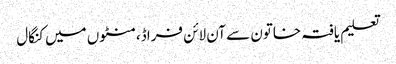
تعلیم یافتہ خاتون سے آن لائن فراڈ، منٹوں میں کنگال